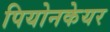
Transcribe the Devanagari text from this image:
पियोनकेयर